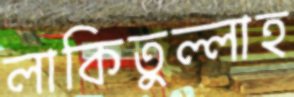
লাকিতুল্লাহ